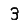
Digit: 3